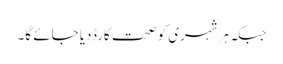
جبکہ ہرشہری کو صحت کارڈدیا جائے گا۔